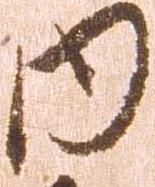
内